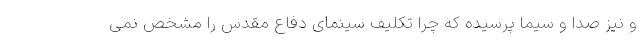
و نیز صدا و سیما پرسیده که چرا تکلیف سینمای دفاع مقدس را مشخص نمی